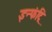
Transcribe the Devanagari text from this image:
इन्फंट्रि